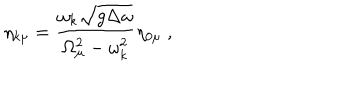
LaTeX: \eta _ { k \mu } = \frac { \omega _ { k } \sqrt { g \Delta \omega } } { \Omega _ { \mu } ^ { 2 } - \omega _ { k } ^ { 2 } } \eta _ { 0 \mu } \; ,